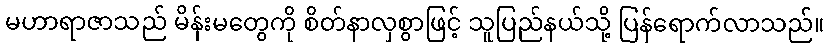
မဟာရာဇာသည် မိန်းမတွေကို စိတ်နာလှစွာဖြင့် သူပြည်နယ်သို့ ပြန်ရောက်လာသည်။